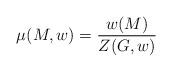
LaTeX: \begin{align*}\mu(M,w) = \frac{w(M)}{Z(G,w)}\end{align*}